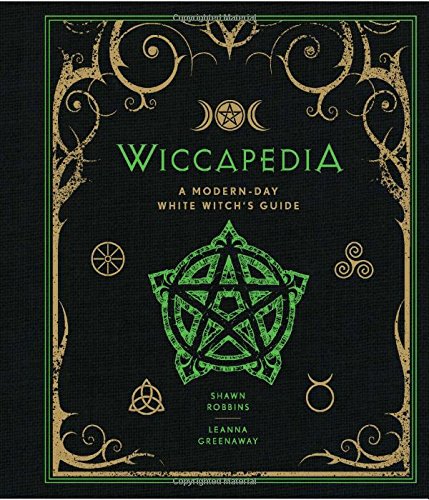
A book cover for Wiccapedia: A Modern-Day White Witch's Guide; Shawn Robbins; Religion & Spirituality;